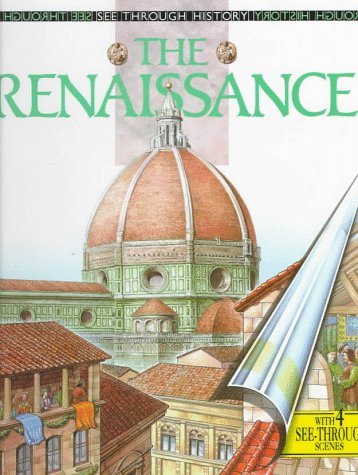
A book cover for The Renaissance (See Through History); Tim Wood; Children's Books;